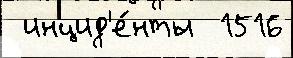
 инцид'е́нты  1516